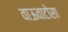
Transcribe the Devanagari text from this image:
वाऊवाटोसा